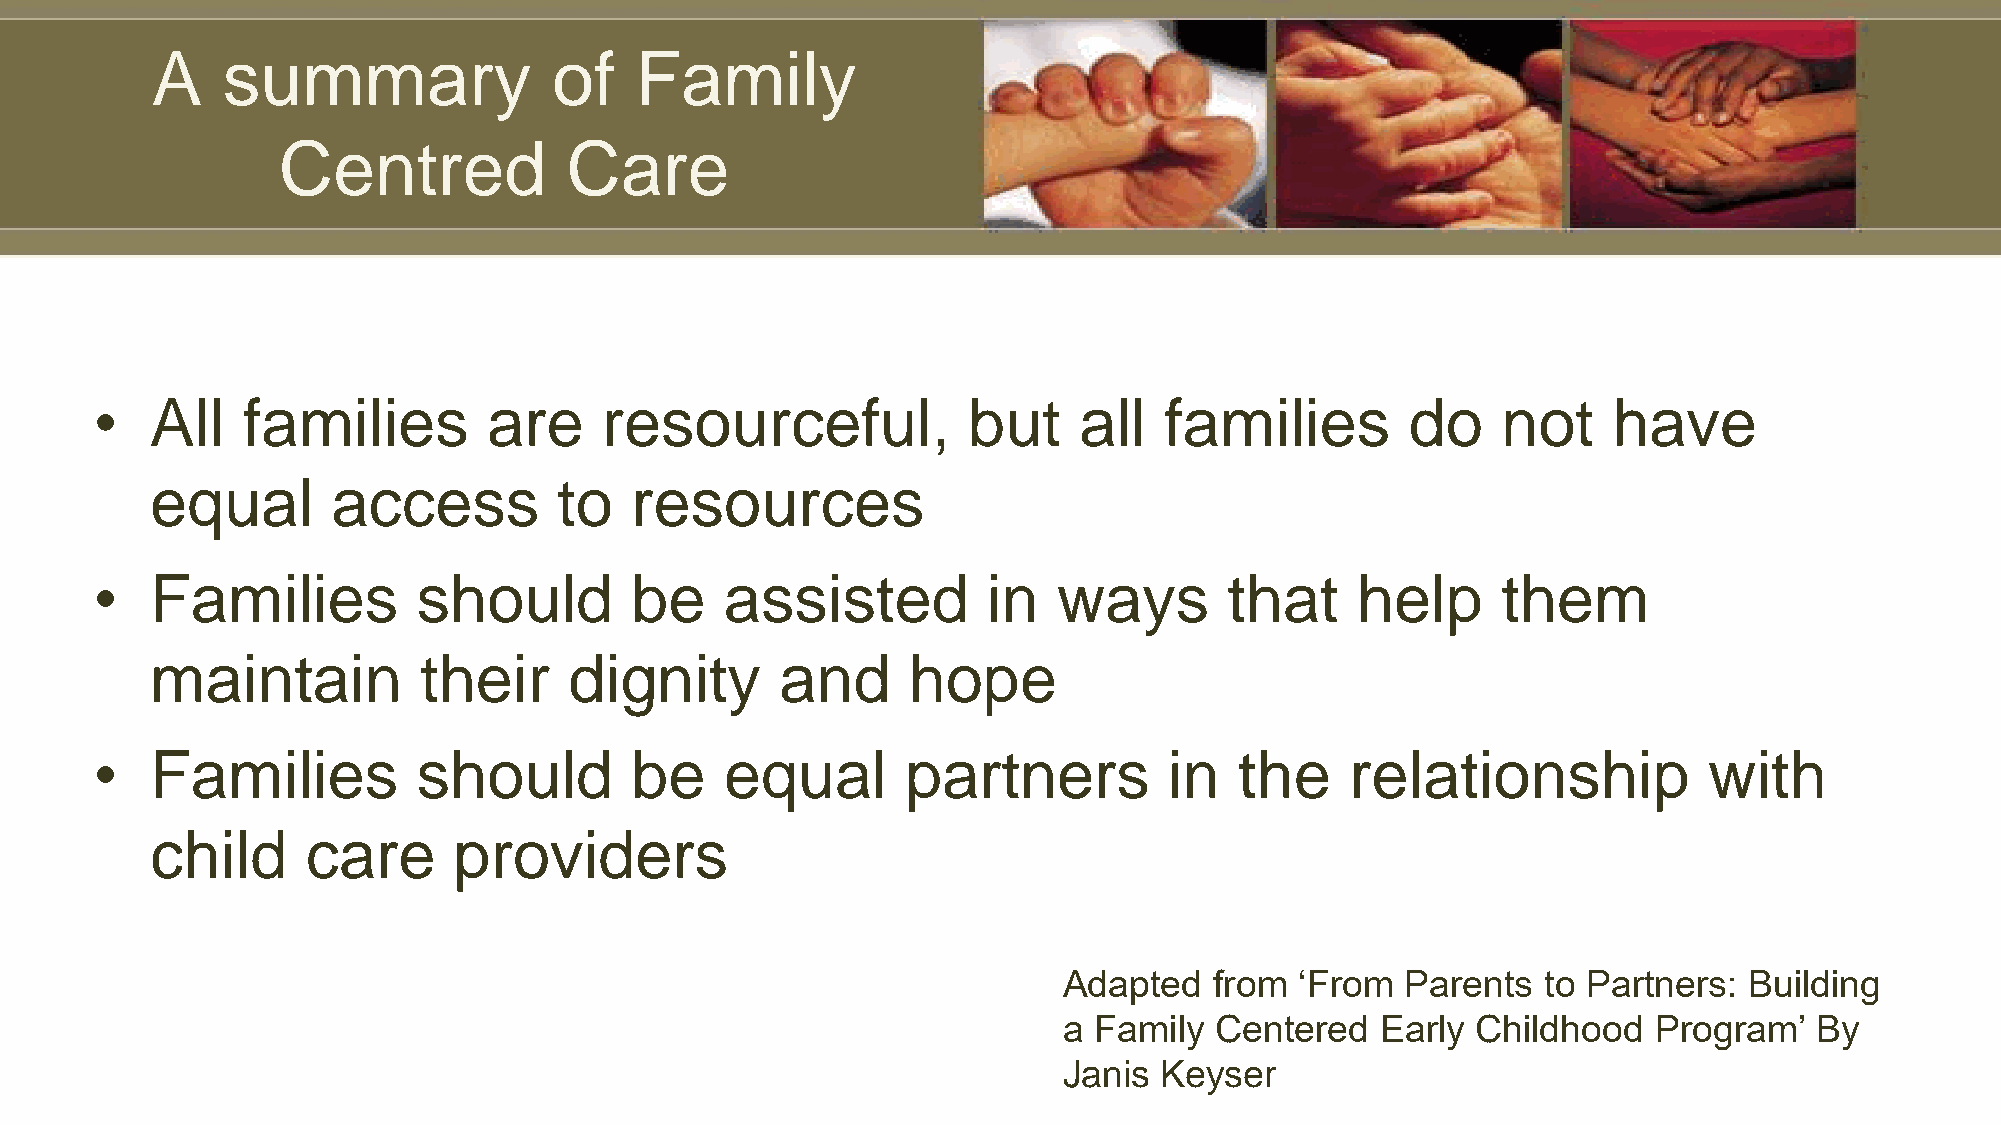
A    summary               of   Family
 Centred            Care
 •   All   families        are     resourceful,            but    all   families        do    not     have
 equal       access         to   resources
 •   Families          should        be    assisted         in   ways       that     help     them
 maintain          their     dignity       and     hope
 •   Families          should        be    equal       partners         in   the    relationship            with
 child     care      providers
 Adapted   from  ‘From  Parents  to Partners:  Building
 a Family  Centered   Early  Childhood   Program’  By
 Janis  Keyser